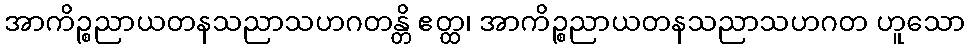
အာကိဉ္စညာယတနသညာသဟဂတန္တိ ဧတ္ထ၊ အာကိဉ္စညာယတနသညာသဟဂတ ဟူသော